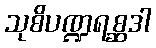
သုစိပဏ္ဍရစ္ဆဒါ